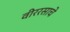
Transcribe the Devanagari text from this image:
वीररसाचे